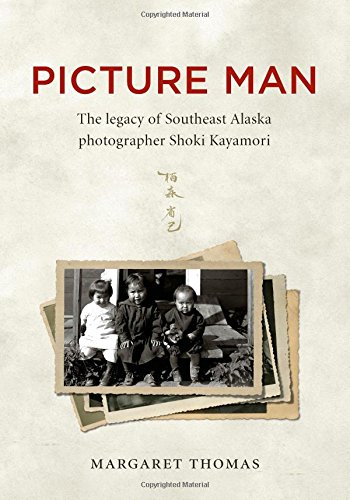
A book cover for Picture Man: The Legacy of Southeast Alaska Photographer Shoki Kayamori; Margaret Thomas; Biographies & Memoirs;